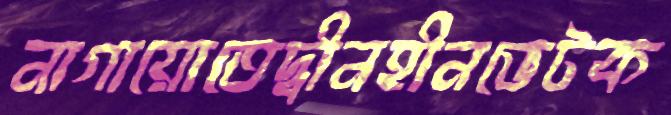
নাগায়োতেদ্বীনহীনভেটক